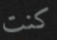
كنت